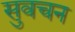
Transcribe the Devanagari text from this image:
सुवचन